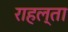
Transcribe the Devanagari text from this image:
राहल्ता